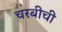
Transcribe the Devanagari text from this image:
चरबीची